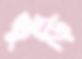
ভুঁড়ি